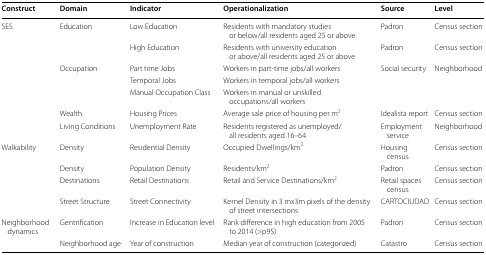
| Construct | Domain | Indicator | Operationalization | Source | Level |
 | --- | --- | --- | --- | --- | --- |
 | SES | Education | Low Education | Residents with mandatory studies or below/all residents aged 25 or above | Padron | Census section |
 |  |  | High Education | Residents with university education or above/all residents aged 25 or above | Padron | Census section |
 |  | Occupation | Part time Jobs | Workers in part-time jobs/all workers | Social security | Neighborhood |
 |  |  | Temporal Jobs | Workers in temporal jobs/all workers |  |  |
 |  |  | Manual Occupation Class | Workers in manual or unskilled occupations/all workers |  |  |
 |  | Wealth | Housing Prices | Average sale price of housing per m2 | Idealista report | Census section |
 |  | Living Conditions | Unemployment Rate | Residents registered as unemployed/all residents aged 16–64 | Employment service | Neighborhood |
 | Walkability | Density | Residential Density | Occupied Dwellings/km2 | Housing census | Census section |
 |  | Density | Population Density | Residents/km2 | Padron | Census section |
 |  | Destinations | Retail Destinations | Retail and Service Destinations/km2 | Retail spaces census | Census section |
 |  | Street Structure | Street Connectivity | Kernel Density in 3 mx3m pixels of the density of street intersections | CARTOCIUDAD | Census section |
 | Neighborhood dynamics | Gentrification | Increase in Education level | Rank difference in high education from 2005 to 2014 (>p95) | Padron | Census section |
 |  | Neighborhood age | Year of construction | Median year of construction (categorized) | Catastro | Census section |